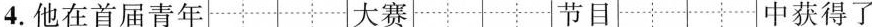
4.他在首届青年 大赛节目 中获得了